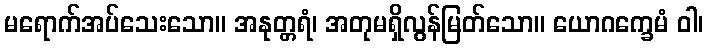
မရောက်အပ်သေးသော။ အနုတ္တရံ၊ အတုမရှိလွန်မြတ်သော။ ယောဂက္ခေမံ ဝါ၊